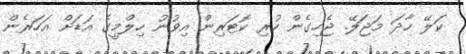
ކަލޭ ހާދަ މަޖަލޭ. ޖެހިގެން ހުރި ކޮޓަރިން އިވުނު ހިލްމީގެ އަޑަށް އަހަރެން